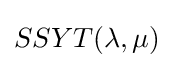
SSYT(\lambda ,\mu )